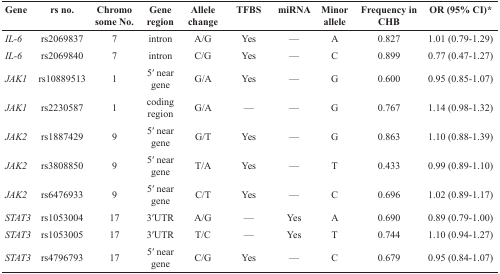
| Gene | rs no. | Chromosome No. | Gene region | Allele change | TFBS | miRNA | Minor allele | Frequency in CHB | OR (95% CI)* |
 | --- | --- | --- | --- | --- | --- | --- | --- | --- | --- |
 | IL-6 | rs2069837 | 7 | intron | A/G | Yes | — | A | 0.827 | 1.01 (0.79-1.29) |
 | IL-6 | rs2069840 | 7 | intron | C/G | Yes | — | C | 0.899 | 0.77 (0.47-1.27) |
 | JAK1 | rs10889513 | 1 | 5′ near gene | G/A | Yes | — | G | 0.600 | 0.95 (0.85-1.07) |
 | JAK1 | rs2230587 | 1 | coding region | G/A | — | — | G | 0.767 | 1.14 (0.98-1.32) |
 | JAK2 | rs1887429 | 9 | 5′ near gene | G/T | Yes | — | G | 0.863 | 1.10 (0.88-1.39) |
 | JAK2 | rs3808850 | 9 | 5′ near gene | T/A | Yes | — | T | 0.433 | 0.99 (0.89-1.10) |
 | JAK2 | rs6476933 | 9 | 5′ near gene | C/T | Yes | — | C | 0.696 | 1.02 (0.89-1.17) |
 | STAT3 | rs1053004 | 17 | 3′UTR | A/G | — | Yes | A | 0.690 | 0.89 (0.79-1.00) |
 | STAT3 | rs1053005 | 17 | 3′UTR | T/C | — | Yes | T | 0.744 | 1.10 (0.94-1.27) |
 | STAT3 | rs4796793 | 17 | 5′ near gene | C/G | Yes | — | C | 0.679 | 0.95 (0.84-1.07) |